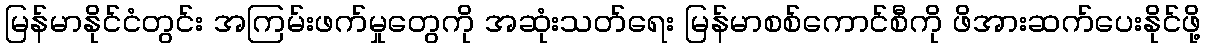
မြန်မာနိုင်ငံတွင်း အကြမ်းဖက်မှုတွေကို အဆုံးသတ်ရေး မြန်မာစစ်ကောင်စီကို ဖိအားဆက်ပေးနိုင်ဖို့